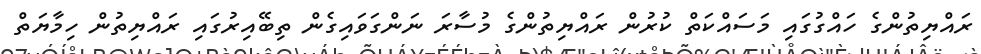
ރައްޔިތުންގެ ހައްގުގައި މަސައްކަތް ކުރުން ރައްޔިތުންގެ މުސާރަ ނަންގަވައިގެން ތިބޭއިރުގައި ރައްޔިތުން ހިމާޔަތް